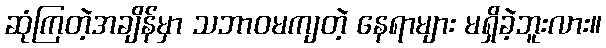
ဆုံကြတဲ့အချိန်မှာ သဘာဝမကျတဲ့ နေရာများ မရှိခဲ့ဘူးလား။